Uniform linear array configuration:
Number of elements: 16
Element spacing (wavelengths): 1
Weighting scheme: kaiser
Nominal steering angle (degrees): -45
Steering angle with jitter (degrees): -46.559
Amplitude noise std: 0.05
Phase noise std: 0.05

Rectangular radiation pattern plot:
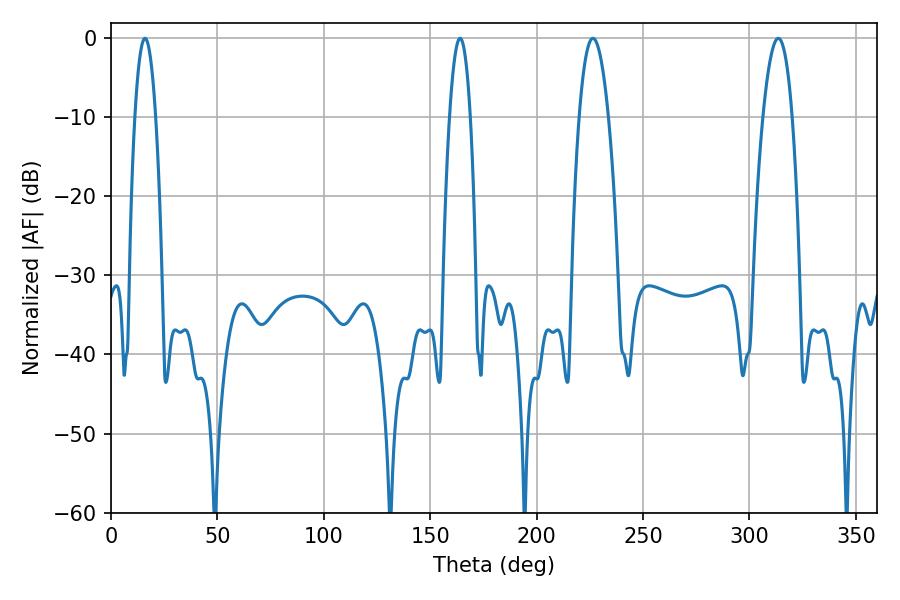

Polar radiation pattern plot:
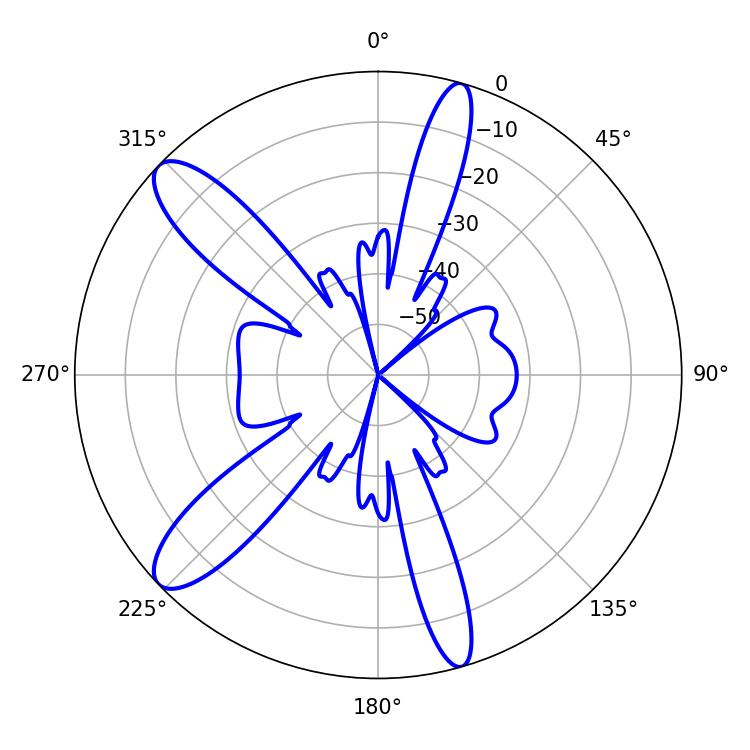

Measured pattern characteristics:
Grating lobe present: TRUE
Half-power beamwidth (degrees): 7.56
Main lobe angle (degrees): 226.44